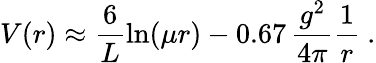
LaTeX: V(r)\approx\frac{6}{L}\ln(\mu r)-0.67\, \frac{g^{2}}{4\pi}\frac{1}{r}\ .